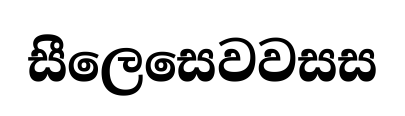
සීලෙසෙවවසස